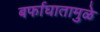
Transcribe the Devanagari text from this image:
बर्फाघातामुळे